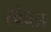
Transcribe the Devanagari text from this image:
स्‍वेच्‍छा